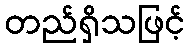
တည်ရှိသဖြင့်